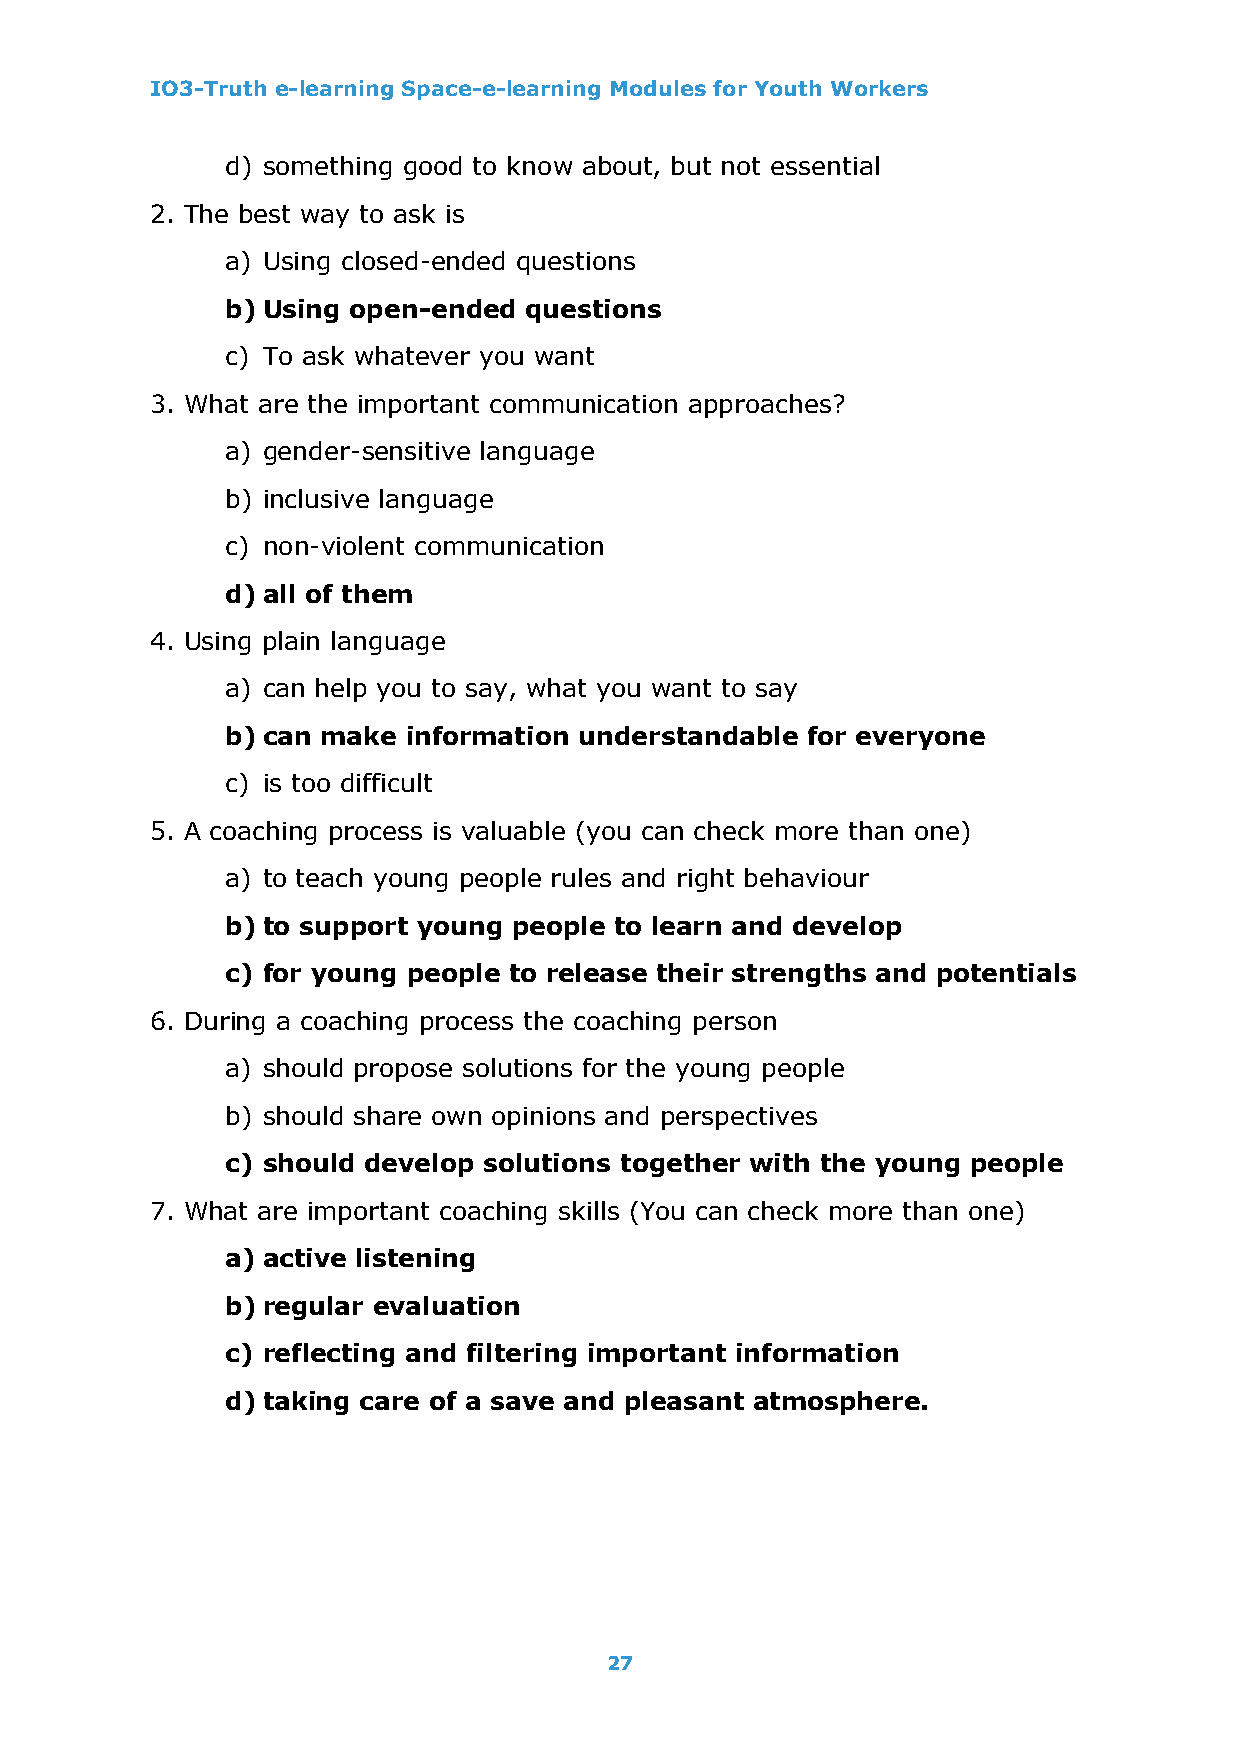
IO3-Truth e-learning Space-e-learning Modules for Youth Workers
 d) something good to know about, but not essential
 2. The best way to ask is
 a) Using closed-ended questions
 b) Using open-ended questions
 c) To ask whatever you want
 3. What are the important communication approaches?
 a) gender-sensitive language
 b) inclusive language
 c) non-violent communication
 d) all of them
 4. Using plain language
 a) can help you to say, what you want to say
 b) can make information understandable for everyone
 c) is too difficult
 5. A coaching process is valuable (you can check more than one)
 a) to teach young people rules and right behaviour
 b) to support young people to learn and develop
 c) for young people to release their strengths and potentials
 6. During a coaching process the coaching person
 a) should propose solutions for the young people
 b) should share own opinions and perspectives
 c) should develop solutions together with the young people
 7. What are important coaching skills (You can check more than one)
 a) active listening
 b) regular evaluation
 c) reflecting and filtering important information
 d) taking care of a save and pleasant atmosphere.
 27